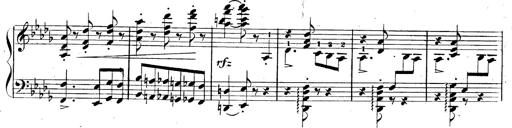
Title: 3 Caprices-Valses
Composer: Franz Liszt